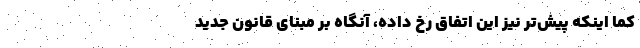
کما اینکه پیش‌تر نیز این اتفاق رخ داده، آنگاه بر مبنای قانون جدید